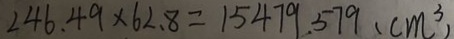
2 4 6 . 4 9 \times 6 2 . 8 = 1 5 4 7 9 . 5 7 9 ( c m ^ { 3 } )